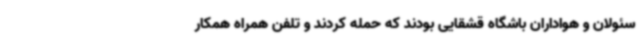
سئولان و هواداران باشگاه قشقایی بودند که حمله کردند و تلفن همراه همکار